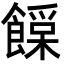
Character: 𩞛